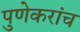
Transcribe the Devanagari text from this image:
पुणेकरांच